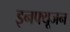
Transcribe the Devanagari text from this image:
इनफ्यूजन